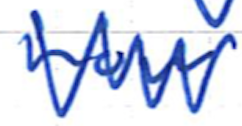
Text: now
Cross-out: zig-zag
Writing tool: ballpoint